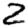
Digit: 2